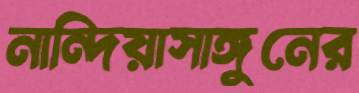
নান্দিয়াসাঙ্গুনের